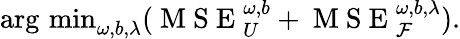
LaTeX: \begin{array}{r}{\operatorname*{arg\, min}_{\omega,b,\lambda}(\mathrm{~M~S~E~}_{U}^{\omega,b}+\mathrm{~M~S~E~}_{\mathcal{F}}^{\omega,b,\lambda}).}\end{array}